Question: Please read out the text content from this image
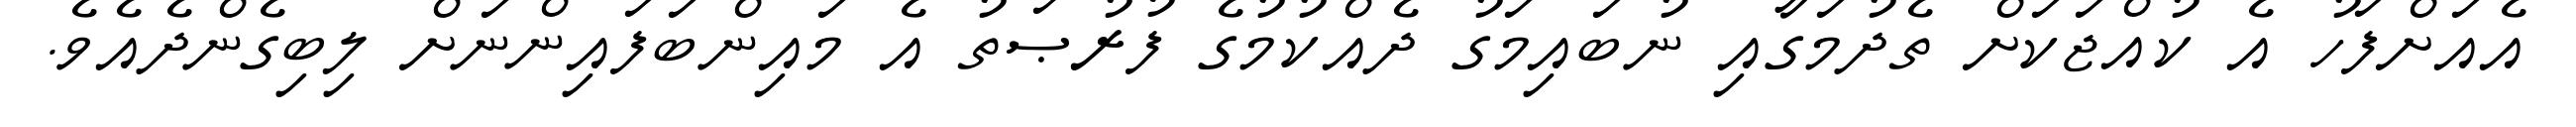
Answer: އެއަށްފަހު އެ ކުއްޖަކަށް ތެދުމަގާއި ނުބައިމަގު ދެއްކުމުގެ ފުރުޞަތު އެ މައިންބަފައިންނަށް ލިބިގެންދެއެވެ.